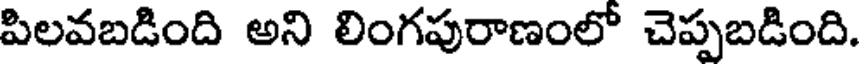
పిలవబడింది అని లింగపురాణంలో చెప్పబడింది.